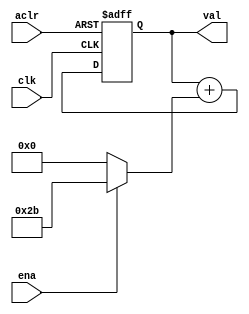
// Copyright 2007 Altera Corporation. All rights reserved.  
// Altera products are protected under numerous U.S. and foreign patents, 
// maskwork rights, copyrights and other intellectual property laws.  
//
// This reference design file, and your use thereof, is subject to and governed
// by the terms and conditions of the applicable Altera Reference Design 
// License Agreement (either as signed by you or found at www.altera.com).  By
// using this reference design file, you indicate your acceptance of such terms
// and conditions between you and Altera Corporation.  In the event that you do
// not agree with such terms and conditions, you may not use the reference 
// design file and please promptly destroy any copies you have made.
//
// This reference design file is being provided on an "as-is" basis and as an 
// accommodation and therefore all warranties, representations or guarantees of 
// any kind (whether express, implied or statutory) including, without 
// limitation, warranties of merchantability, non-infringement, or fitness for
// a particular purpose, are specifically disclaimed.  By making this reference
// design file available, Altera expressly does not recommend, suggest or 
// require that this reference design file be used in combination with any 
// other product not provided by Altera.
/////////////////////////////////////////////////////////////////////////////


module test_pattern (clk,aclr,ena,val);

parameter WIDTH = 16;
input clk,ena,aclr;
output [WIDTH-1:0] val;

reg [WIDTH-1:0] val /* synthesis preserve */;

always @(posedge clk or posedge aclr) begin
	if (aclr) val <= 0;
	else begin
		val <= val + (ena ? 43 : 0);
	end
end

endmodule